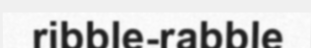
ribble-rabble